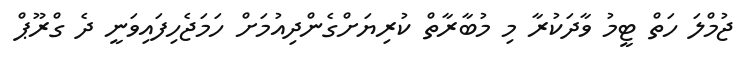
ޖުމްލަ ހަތް ޓީމު ވާދަކުރާ މި މުބާރާތް ކުރިޔަށްގެންދިއުމަށް ހަމަޖެހިފައިވަނީ ދެ ގްރޫޕް